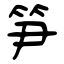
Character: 笋